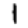
Digit: 1